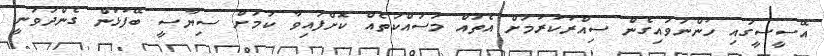
އޭސީސީގައި ހުންނަވައިގެން ސިއްރުކުރުމަށް އެތައް މަސައްކަތެއް ކޮށްފައިވާ ކަމަށް ސިޔާސީ ބޭފުޅުން ގެންދަވަނީ